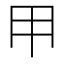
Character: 𱏹